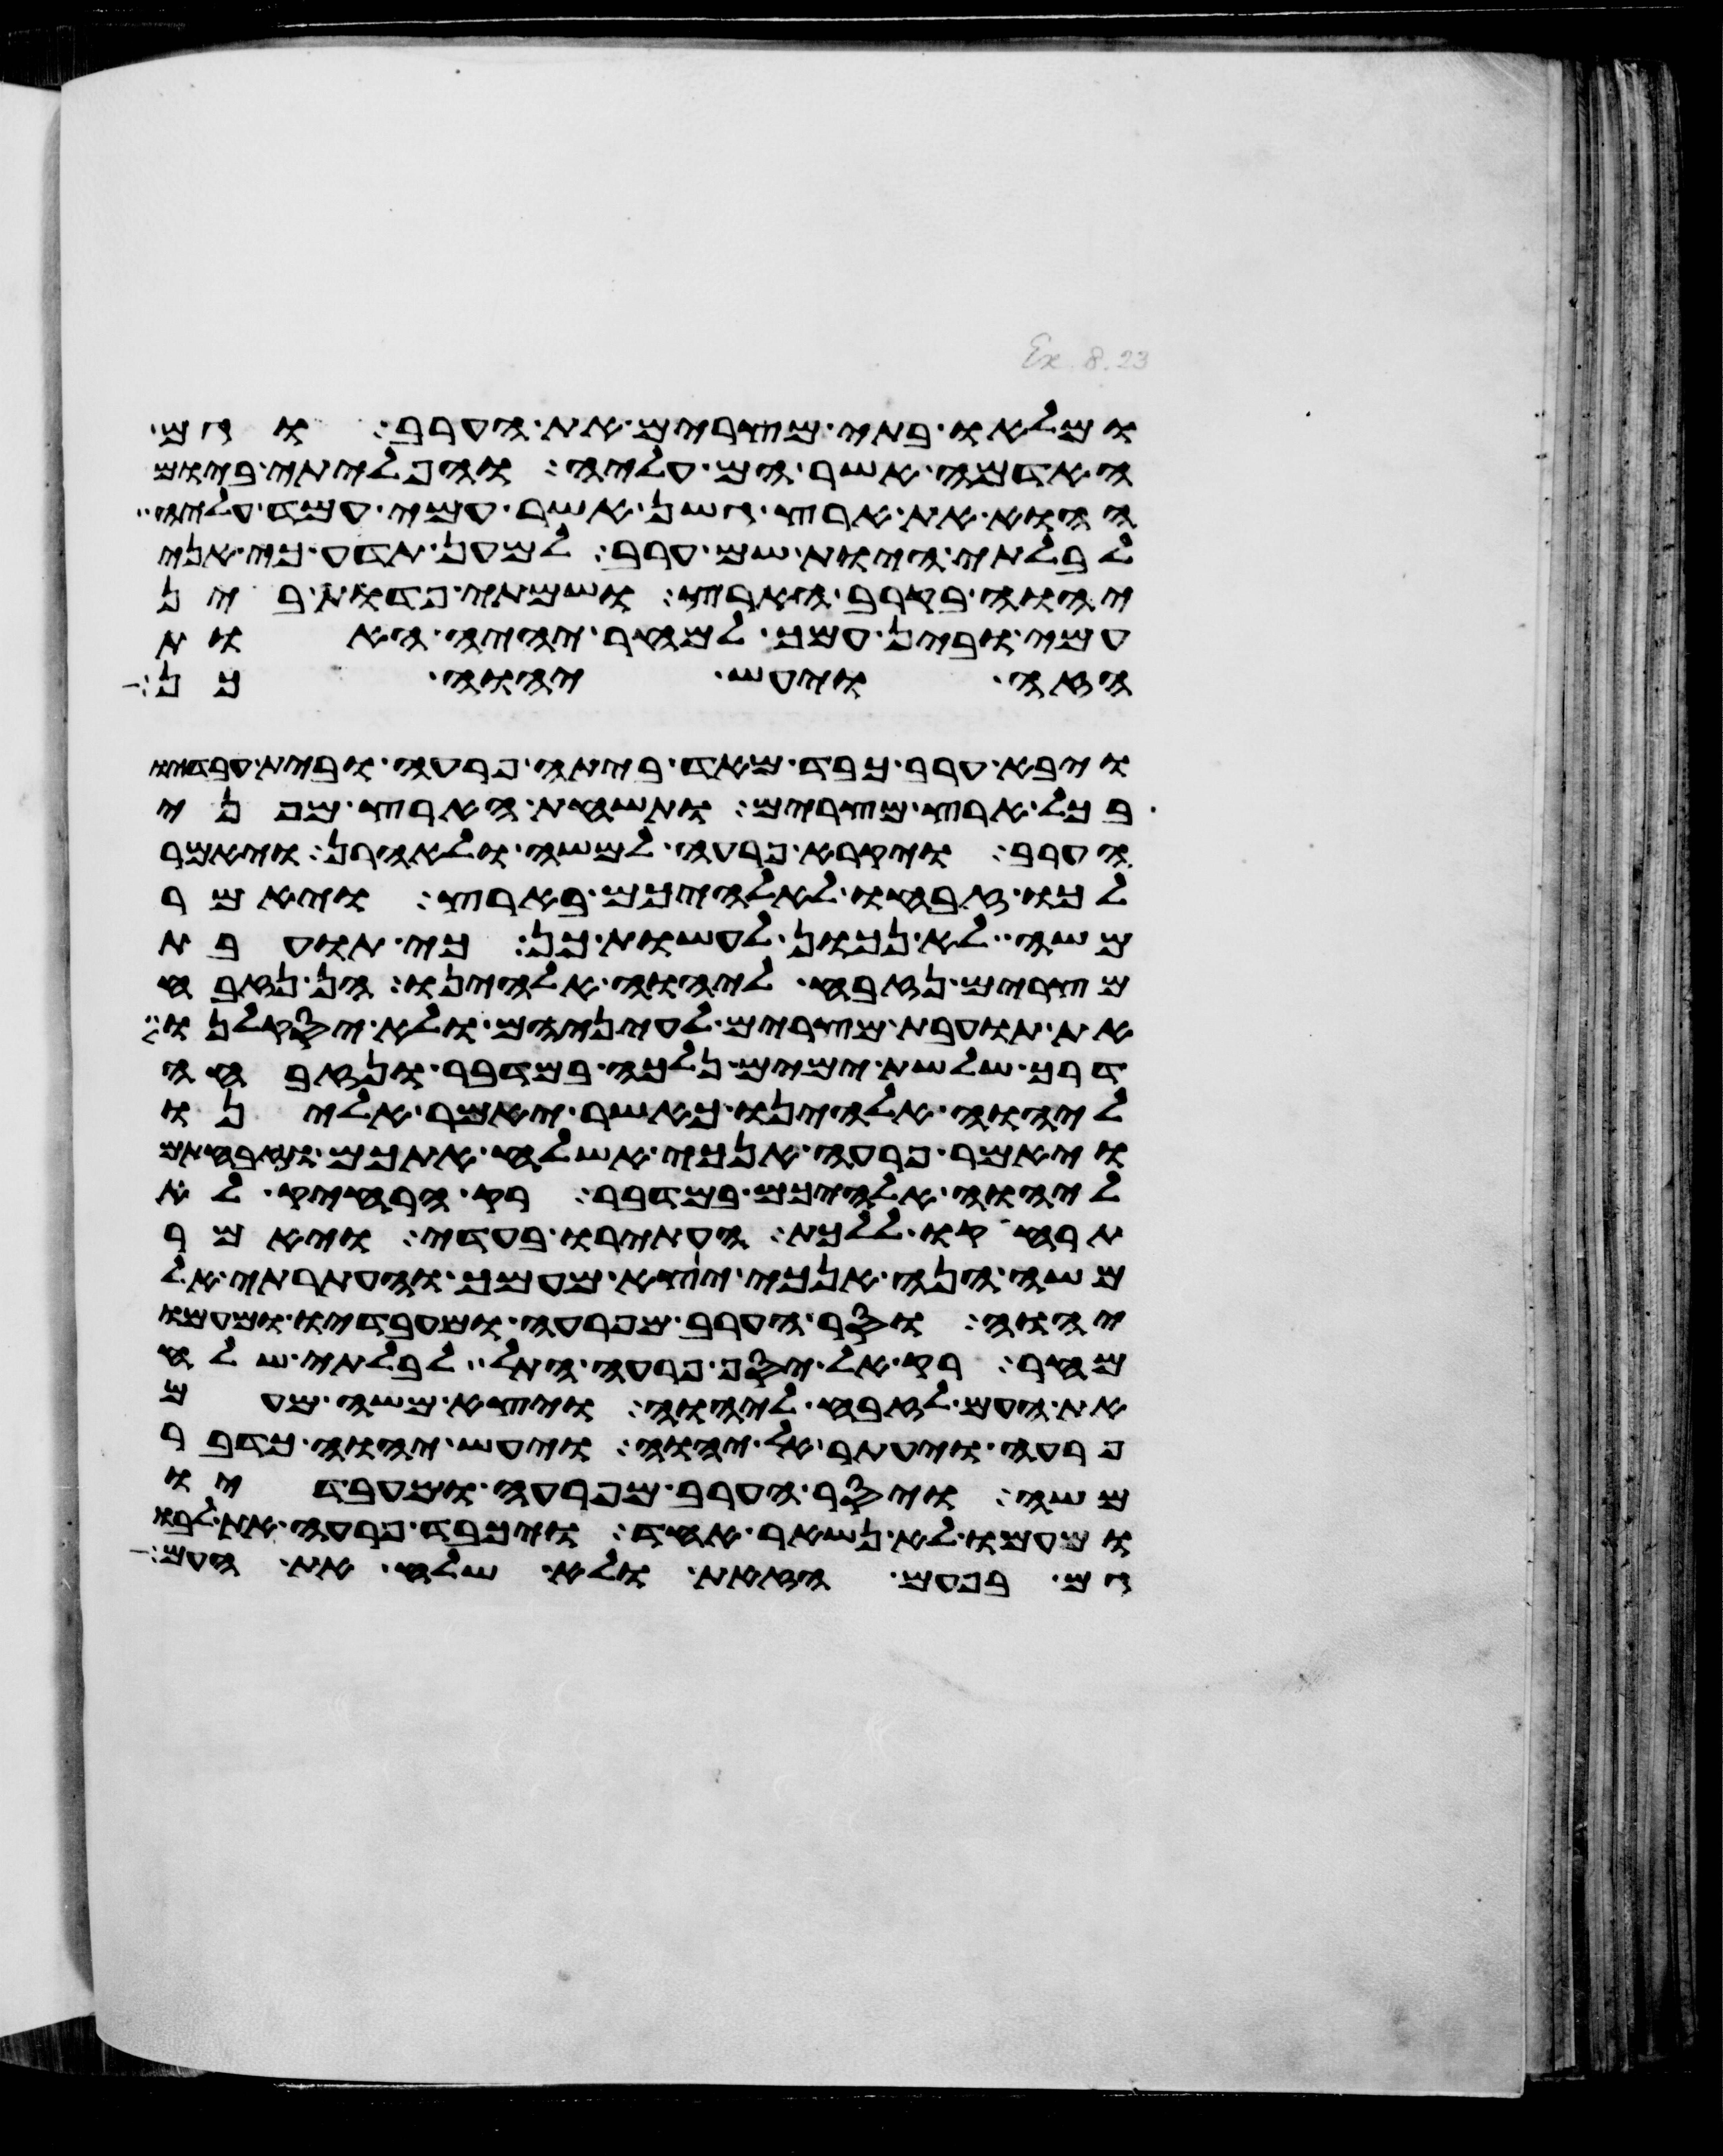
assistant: ומלאו בתי מצרים את הערב וגם
האדמה אשר הם עליה והפליתי ביום
ההוא את ארץ גשן אשר עמי עמד עליה
לבלתי היות שם ערב למען תדע כי אני
יהוה בקרב הארץ ושמתי פדות בין
עמי ובין עמך למחר יהיה האות
הזה ויעש יהוה כן
ויבא ערב כבד מאד ביתה פרעה ובית עבדיו
בכל ארץ מצרים ותשחת הארץ מפני
הערב ויקרא פרעה למשה ולאהרן ויאמר
לכו זבחו לאלהיכם בארץ ויאמר
משה לא נכון לעשות כן כי תועבת
מצרים נזבח ליהוה אלהינו הן נזבח
את תועבת מצרים לעיניהם ולא יסקלנו
דרך שלשת ימים נלכה במדבר ונזבחה
ליהוה אלהינו כאשר יאמר אלינו
ויאמר פרעה אנכי אשלח אתכם וזבחתם
ליהוה אלהיכם במדבר רק הרחיק לא
תרחיקו ללכת העתירו בעדי ויאמר
משה הנה אנכי יצא מעמך והעתרתי אל
יהוה וסר הערב מפרעה ומעבדיו ומעמו
מחר רק אל יסף פרעה התל לבלתי שלח
את העם לזבח ליהוה ויצא משה מעם
פרעה ויעתר אל יהוה ויעש יהוה כדבר
משה ויסר הערב מפרעה ומעבדיו
ומעמו לא נשאר אחד ויכבד פרעה את לבו
גם בפעם הזאת ולא שלח את העם